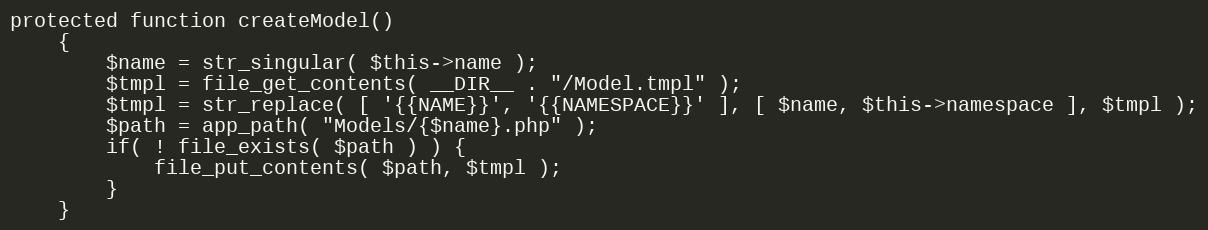
Language: PHP
protected function createModel()
	{
		$name = str_singular( $this->name );
		$tmpl = file_get_contents( __DIR__ . "/Model.tmpl" );
		$tmpl = str_replace( [ '{{NAME}}', '{{NAMESPACE}}' ], [ $name, $this->namespace ], $tmpl );
		$path = app_path( "Models/{$name}.php" );
		if( ! file_exists( $path ) ) {
			file_put_contents( $path, $tmpl );
		}
	}